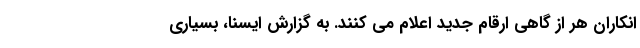
انکاران هر از گاهی ارقام جدید اعلام می کنند. به گزارش ایسنا، بسیاری